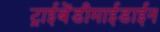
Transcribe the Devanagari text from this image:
ट्राईबेंडीमाईडाईन